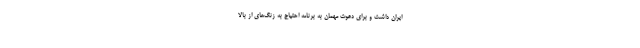
ایران داشت و برای دعوت مهمان به برنامه احتیاج به زنگ‌های از بالا